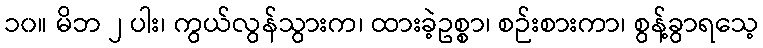
၁၀။ မိဘ ၂ ပါး၊ ကွယ်လွန်သွားက၊ ထားခဲ့ဥစ္စာ၊ စဉ်းစားကာ၊ စွန့်ခွာရသေ့